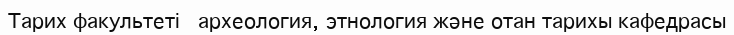
Тарих факультеті   археология, этнология және отан тарихы кафедрасы